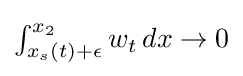
{\textstyle \int _{x_{s}(t)+\epsilon }^{x_{2}}w_{t}\,dx\to 0}